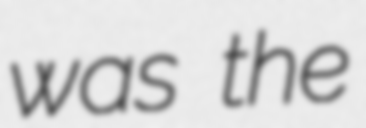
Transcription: was the